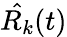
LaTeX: {\hat{R_{k}}}(t)